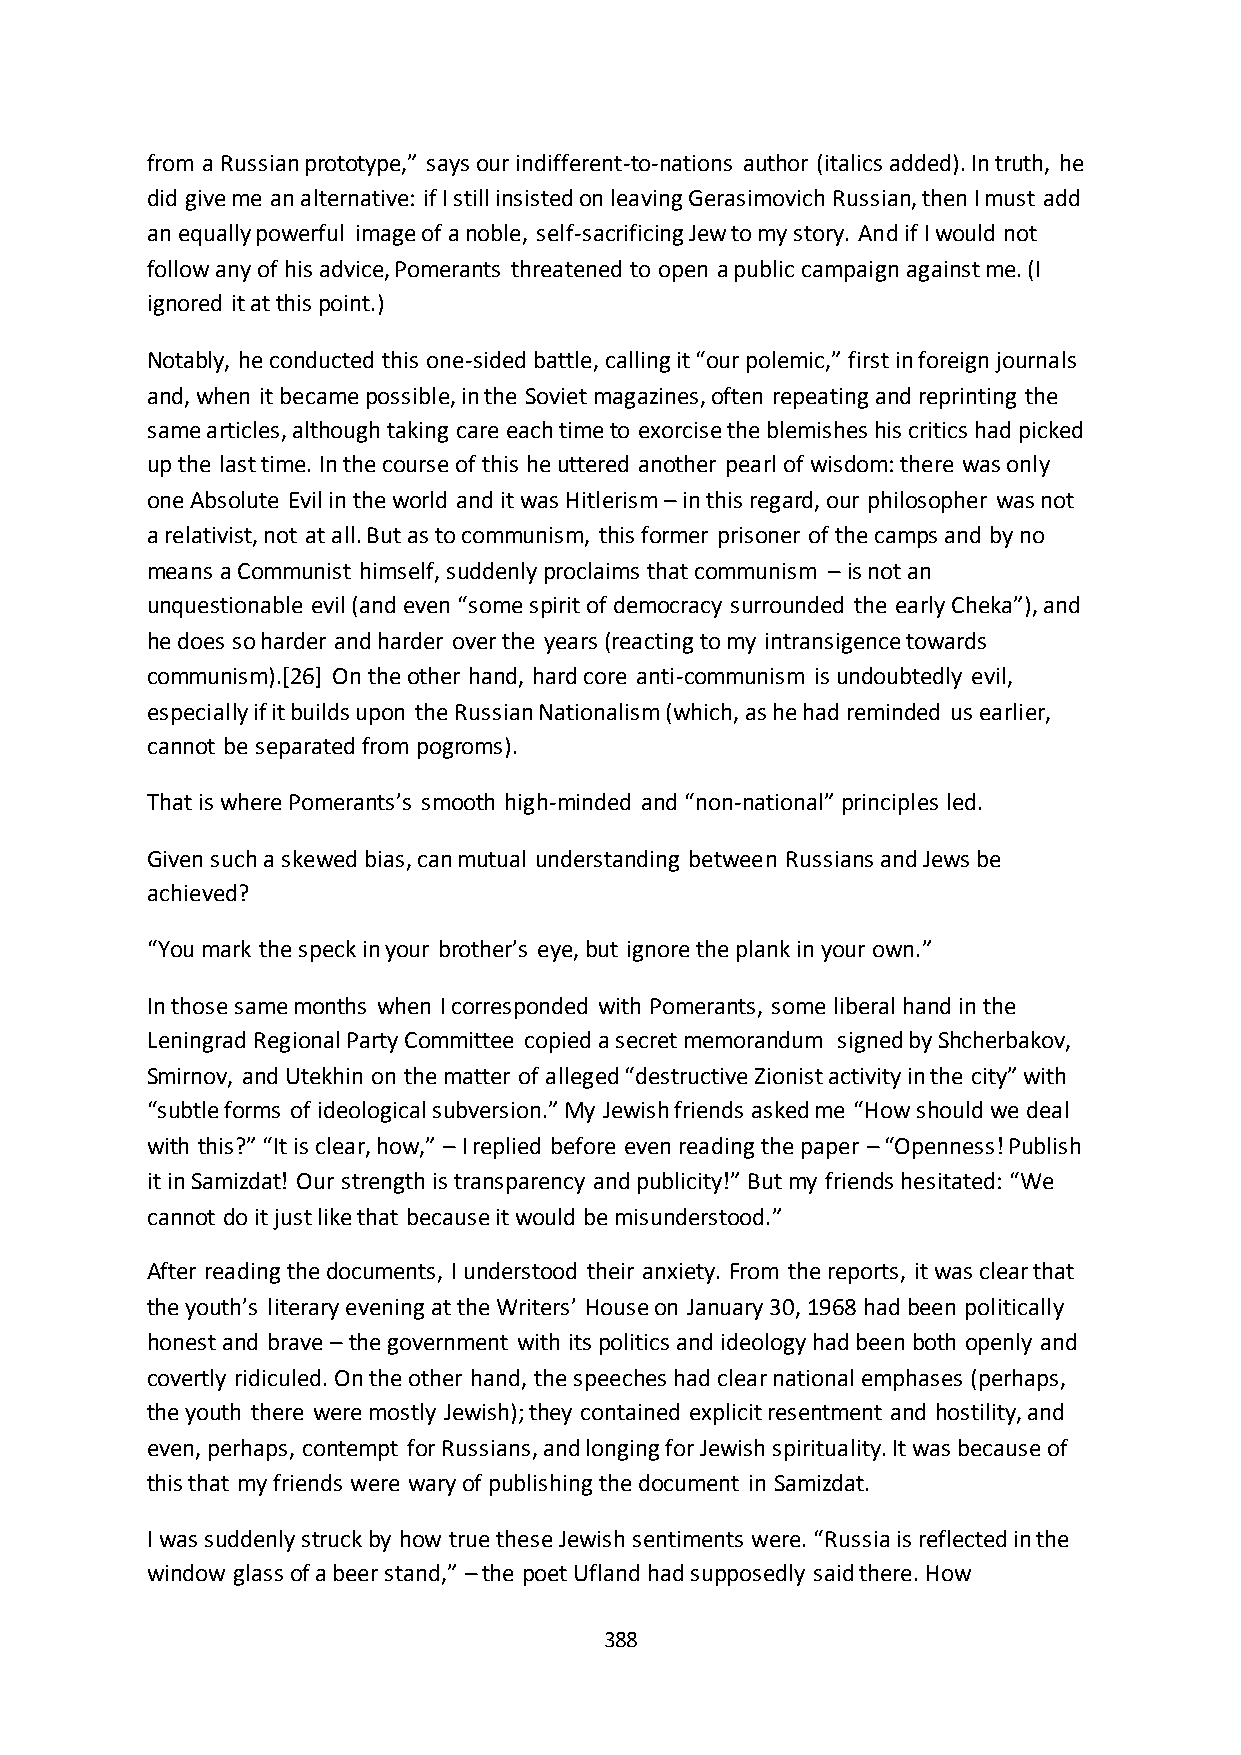
from a Russian prototype,” says our indifferent-to-nations author (italics added). In truth, he
 did give me an alternative: if I still insisted on leaving Gerasimovich Russian, then I must add
 an equally powerful image of a noble, self-sacrificing Jew to my story. And if I would not
 follow any of his advice, Pomerants threatened to open a public campaign against me. (I
 ignored it at this point.)
 Notably, he conducted this one-sided battle, calling it “our polemic,” first in foreign journals
 and, when it became possible, in the Soviet magazines, often repeating and reprinting the
 same articles, although taking care each time to exorcise the blemishes his critics had picked
 up the last time. In the course of this he uttered another pearl of wisdom: there was only
 one Absolute Evil in the world and it was Hitlerism – in this regard, our philosopher was not
 a relativist, not at all. But as to communism, this former prisoner of the camps and by no
 means a Communist himself, suddenly proclaims that communism – is not an
 unquestionable evil (and even “some spirit of democracy surrounded the early Cheka”), and
 he does so harder and harder over the years (reacting to my intransigence towards
 communism).[26] On the other hand, hard core anti-communism is undoubtedly evil,
 especially if it builds upon the Russian Nationalism (which, as he had reminded us earlier,
 cannot be separated from pogroms).
 That is where Pomerants’s smooth high-minded and “non-national” principles led.
 Given such a skewed bias, can mutual understanding between Russians and Jews be
 achieved?
 “You mark the speck in your brother’s eye, but ignore the plank in your own.”
 In those same months when I corresponded with Pomerants, some liberal hand in the
 Leningrad Regional Party Committee copied a secret memorandum signed by Shcherbakov,
 Smirnov, and Utekhin on the matter of alleged “destructive Zionist activity in the city” with
 “subtle forms of ideological subversion.” My Jewish friends asked me “How should we deal
 with this?” “It is clear, how,” – I replied before even reading the paper – “Openness! Publish
 it in Samizdat! Our strength is transparency and publicity!” But my friends hesitated: “We
 cannot do it just like that because it would be misunderstood.”
 After reading the documents, I understood their anxiety. From the reports, it was clear that
 the youth’s literary evening at the Writers’ House on January 30, 1968 had been politically
 honest and brave – the government with its politics and ideology had been both openly and
 covertly ridiculed. On the other hand, the speeches had clear national emphases (perhaps,
 the youth there were mostly Jewish); they contained explicit resentment and hostility, and
 even, perhaps, contempt for Russians, and longing for Jewish spirituality. It was because of
 this that my friends were wary of publishing the document in Samizdat.
 I was suddenly struck by how true these Jewish sentiments were. “Russia is reflected in the
 window glass of a beer stand,” – the poet Ufland had supposedly said there. How
 388